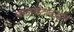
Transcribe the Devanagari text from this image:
वाळवंटाकडुन